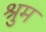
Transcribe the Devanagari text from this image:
श्रुम